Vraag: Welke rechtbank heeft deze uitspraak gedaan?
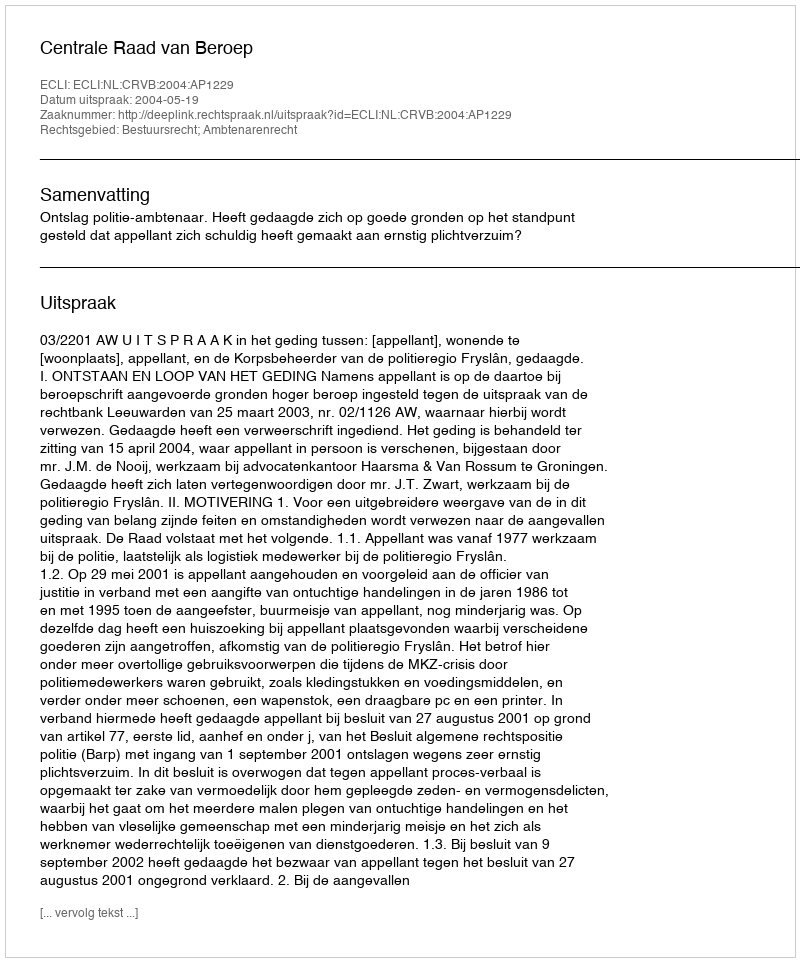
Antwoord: Centrale Raad van Beroep